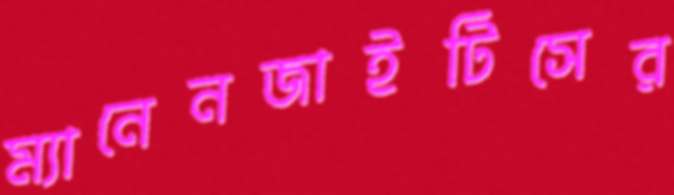
ম্যানেনজাইটিসের